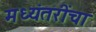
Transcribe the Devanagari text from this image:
मध्यंतरींचा